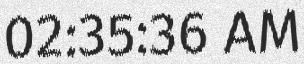
02:35:36 AM